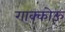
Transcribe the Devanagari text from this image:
गाक्कोऊ